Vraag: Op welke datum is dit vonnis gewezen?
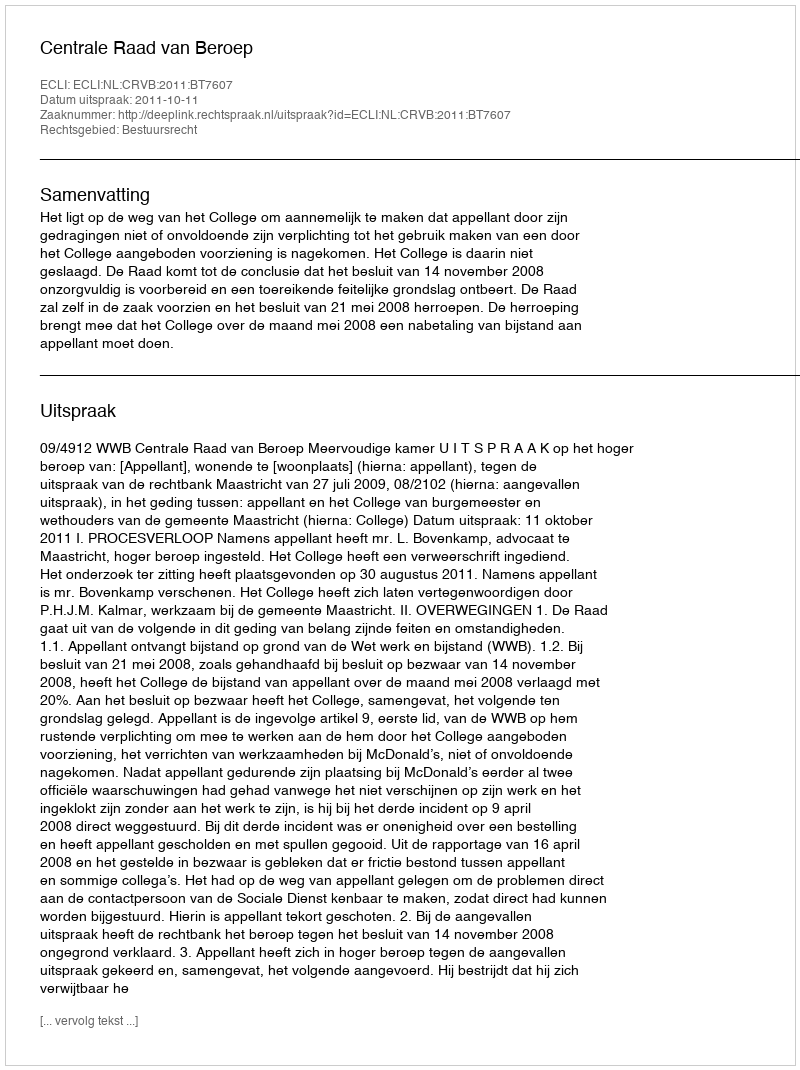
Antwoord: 2011-10-11